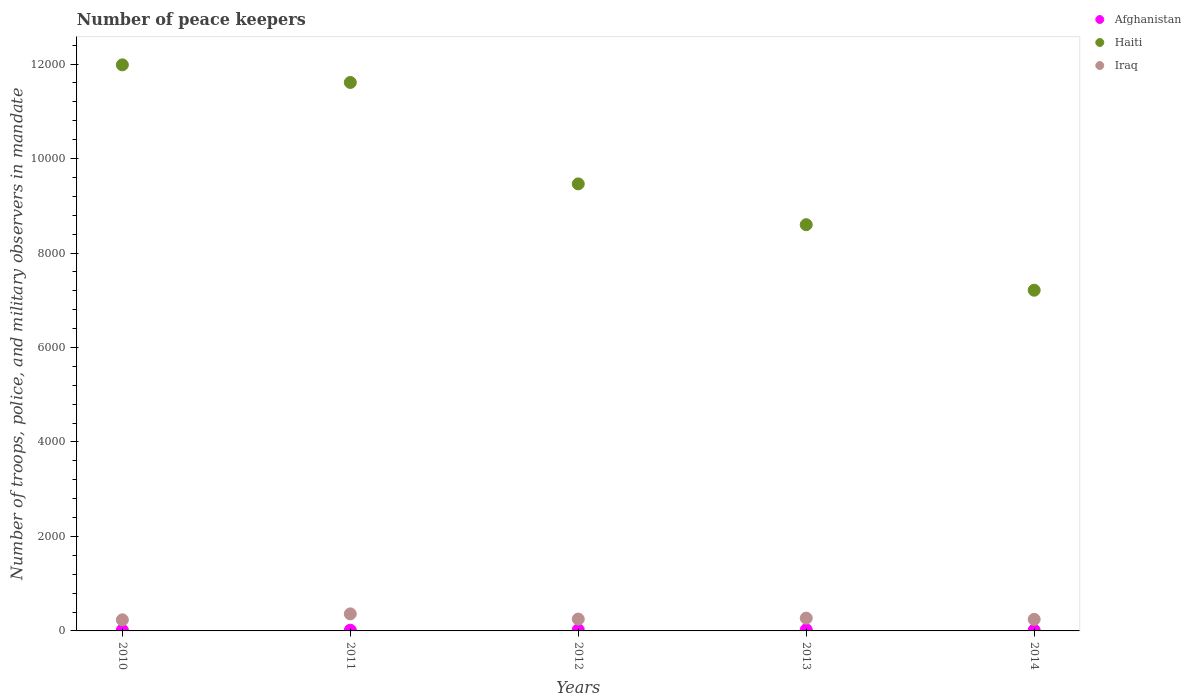
| Years | Afghanistan | Haiti | Iraq |
 | --- | --- | --- | --- |
 | 2010 | 16 | 1.2e+04 | 235 |
 | 2011 | 15 | 1.16e+04 | 361 |
 | 2012 | 23 | 9.46e+03 | 251 |
 | 2013 | 25 | 8.6e+03 | 271 |
 | 2014 | 15 | 7.21e+03 | 245 |